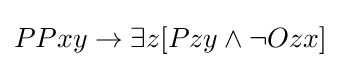
PPxy\rightarrow \exists z[Pzy\land \lnot Ozx]